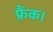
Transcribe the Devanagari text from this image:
फ्रैंक।